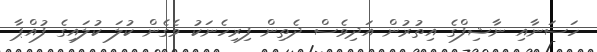
ހަސަނާއި ނާޝިފްގެ އިތުރުން އަދިވެސް ދެތިން ފިރިހެނަކު ވެގެން ކުލަ ކުލައިގެ ފުއްޕާ